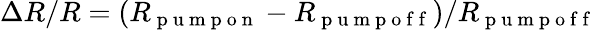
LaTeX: \Delta R/R=(R_{\mathrm{~p~u~m~p~o~n~}}-R_{\mathrm{~p~u~m~p~o~f~f~}})/R_{\mathrm{~p~u~m~p~o~f~f~}}